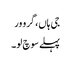
جی ہاں، گرو ور
پہلے سوچ لو۔